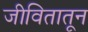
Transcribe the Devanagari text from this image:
जीवितातून